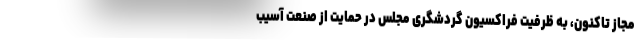
مجاز تاکنون، به ظرفیت فراکسیون گردشگری مجلس در حمایت از صنعت آسیب